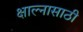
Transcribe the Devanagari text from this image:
क्षाल्नासाठी